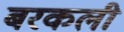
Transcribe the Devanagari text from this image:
बरकली